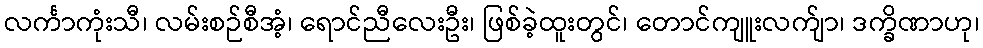
လင်္ကာကုံးသီ၊ လမ်းစဉ်စီအံ့၊ ရောင်ညီလေးဦး၊ ဖြစ်ခဲ့ထူးတွင်၊ တောင်ကျူးလက်ျာ၊ ဒက္ခိဏာဟု၊